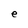
Character: e